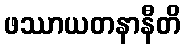
ဖဿာယတနာနီတိ